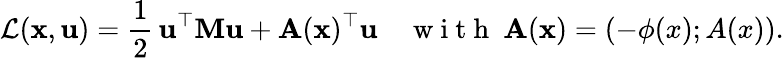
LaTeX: \mathcal{L}(\mathbf{x},\mathbf{u})=\frac{1}{2}\, \mathbf{u}^{\top}\mathbf{M}\mathbf{u}+\mathbf{A}(\mathbf{x})^{\top}\mathbf{u}\quad\mathrm{~w~i~t~h~}\ \mathbf{A}(\mathbf{x})=(-\phi(x);A(x)).